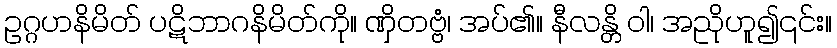
ဥဂ္ဂဟနိမိတ် ပဋိဘာဂနိမိတ်ကို။ ဏှိတဗ္ဗံ၊ အပ်၏။ နီလန္တိ ဝါ၊ အညိုဟူ၍၎င်း။